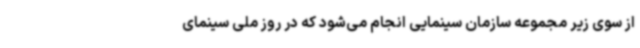
از سوی زیر مجموعه سازمان سینمایی انجام می‌شود که در روز ملی سینمای